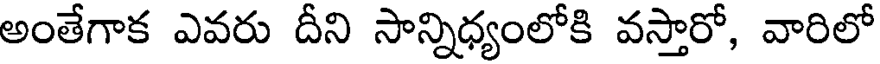
అంతేగాక ఎవరు దీని సాన్నిధ్యంలోకి వస్తారో, వారిలో